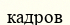
кадров